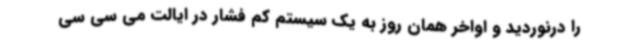
را درنوردید و اواخر همان روز به یک سیستم کم فشار در ایالت می سی سی